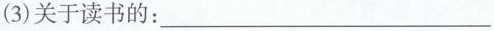
(3)关于读书的：___